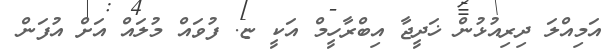
އަމިއްލަ ދިރިއުޅުން ޚަދީޖާ އިބްރާހީމް އަކީ ޏ. ފުވައް މުލައް އަށް އުފަން